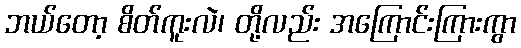
ဘယ်တော့ စိတ်ကူးလဲ၊ တို့လည်း အကြောင်းကြားကွာ